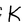
Character: K